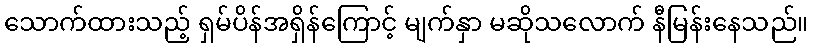
သောက်ထားသည့် ရှမ်ပိန်အရှိန်ကြောင့် မျက်နှာ မဆိုသလောက် နီမြန်းနေသည်။